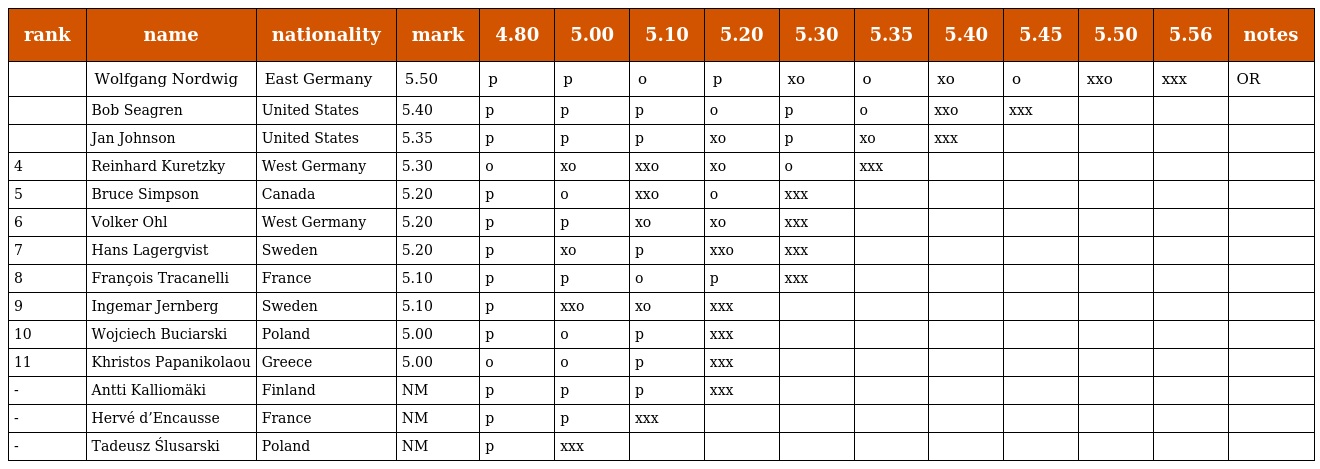
| rank | name | nationality | mark | 4.80 | 5.00 | 5.10 | 5.20 | 5.30 | 5.35 | 5.40 | 5.45 | 5.50 | 5.56 | notes |
 | --- | --- | --- | --- | --- | --- | --- | --- | --- | --- | --- | --- | --- | --- | --- |
 |  | Wolfgang Nordwig | East Germany | 5.50 | p | p | o | p | xo | o | xo | o | xxo | xxx | OR |
 |  | Bob Seagren | United States | 5.40 | p | p | p | o | p | o | xxo | xxx |  |  |  |
 |  | Jan Johnson | United States | 5.35 | p | p | p | xo | p | xo | xxx |  |  |  |  |
 | 4 | Reinhard Kuretzky | West Germany | 5.30 | o | xo | xxo | xo | o | xxx |  |  |  |  |  |
 | 5 | Bruce Simpson | Canada | 5.20 | p | o | xxo | o | xxx |  |  |  |  |  |  |
 | 6 | Volker Ohl | West Germany | 5.20 | p | p | xo | xo | xxx |  |  |  |  |  |  |
 | 7 | Hans Lagergvist | Sweden | 5.20 | p | xo | p | xxo | xxx |  |  |  |  |  |  |
 | 8 | François Tracanelli | France | 5.10 | p | p | o | p | xxx |  |  |  |  |  |  |
 | 9 | Ingemar Jernberg | Sweden | 5.10 | p | xxo | xo | xxx |  |  |  |  |  |  |  |
 | 10 | Wojciech Buciarski | Poland | 5.00 | p | o | p | xxx |  |  |  |  |  |  |  |
 | 11 | Khristos Papanikolaou | Greece | 5.00 | o | o | p | xxx |  |  |  |  |  |  |  |
 | - | Antti Kalliomäki | Finland | NM | p | p | p | xxx |  |  |  |  |  |  |  |
 | - | Hervé d’Encausse | France | NM | p | p | xxx |  |  |  |  |  |  |  |  |
 | - | Tadeusz Ślusarski | Poland | NM | p | xxx |  |  |  |  |  |  |  |  |  |